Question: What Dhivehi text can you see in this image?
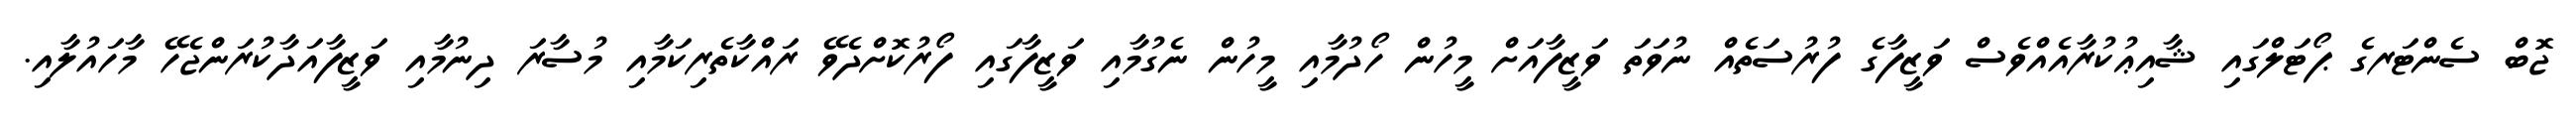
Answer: ޖޮބް ސެންޓަރގެ ޕޯޓަލްގައި ޝާއިޢުކުރާއެއްވެސް ވަޒީފާގެ ފުރުސަތެއް ނުވަތަ ވަޒީފާއަށް މީހުން ހޯދުމާއި މީހުން ނެގުމާއި ވަޒީފާގައި ފޯރުކޮށްދެވޭ ރައްކާތެރިކަމާއި މުސާރަ ދިނުމާއި ވަޒީފާއަދާކުރަންޖެހޭ މާހައުލާއި.